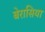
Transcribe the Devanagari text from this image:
बेरासिया